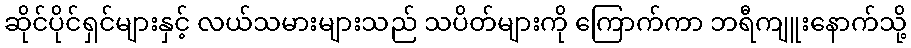
ဆိုင်ပိုင်ရှင်များနှင့် လယ်သမားများသည် သပိတ်များကို ကြောက်ကာ ဘရီကျူးနောက်သို့